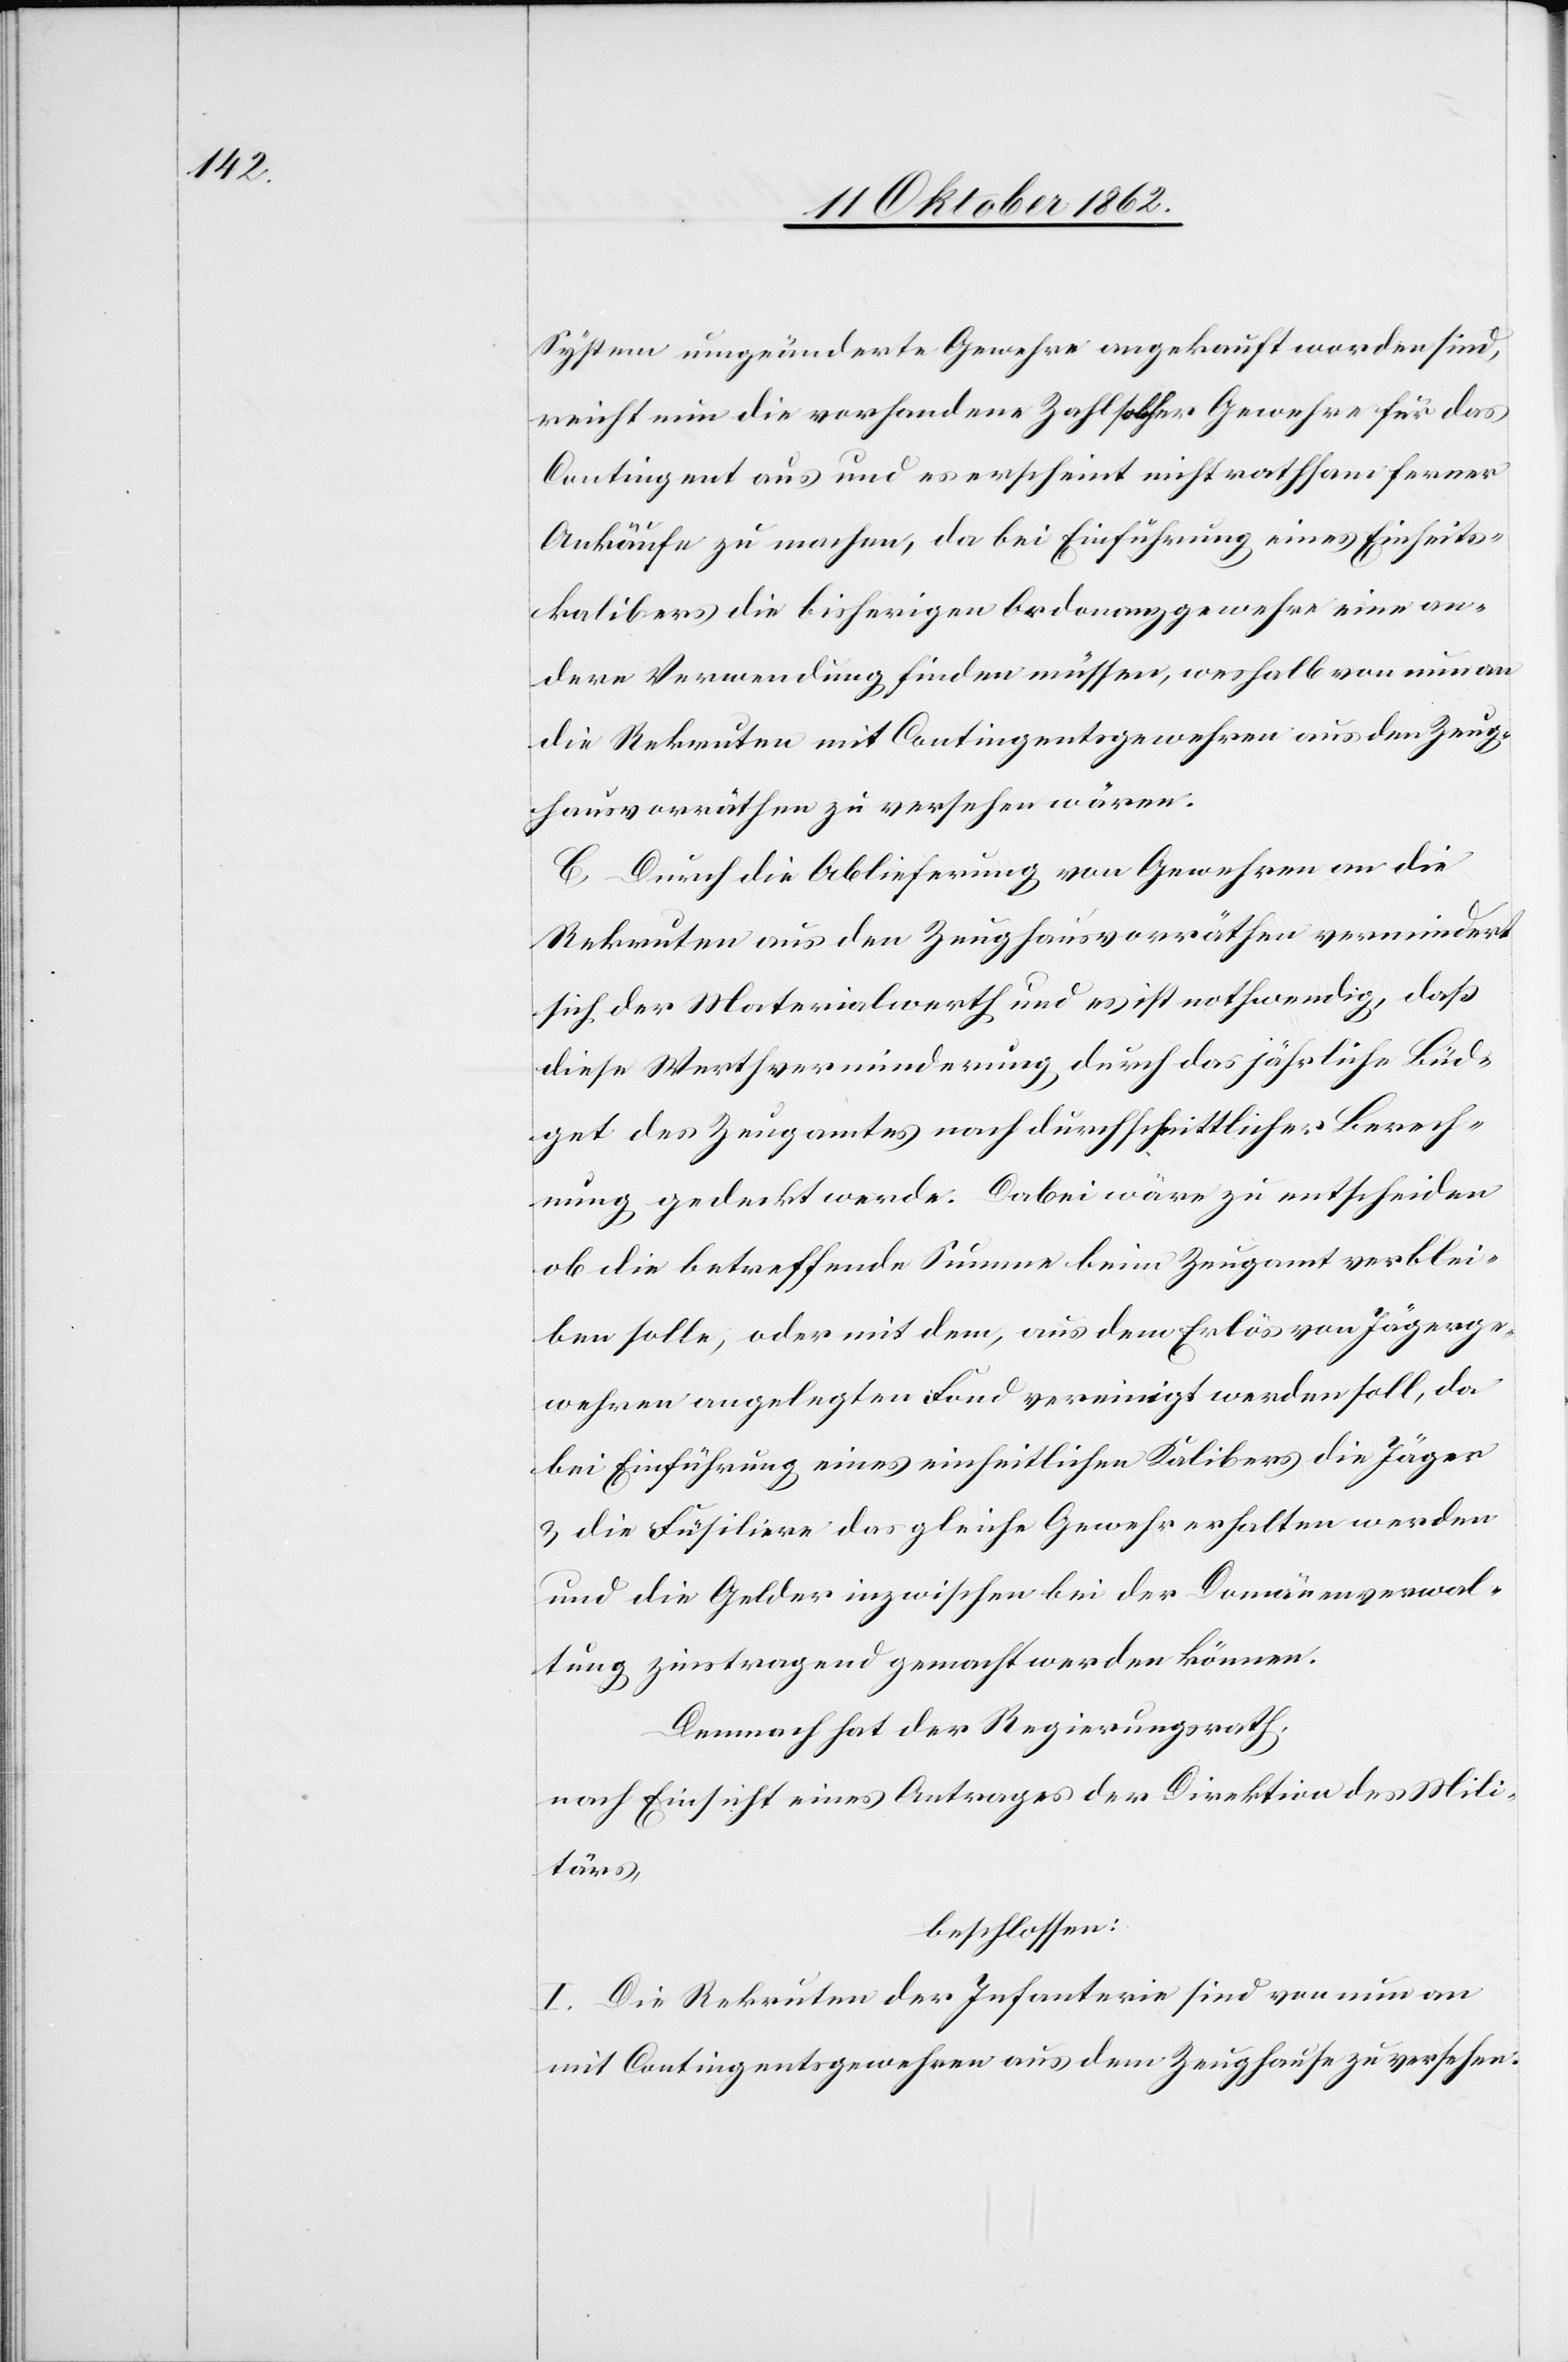
System umgeänderte Gewehre angekauft worden sind,
weicht nun die vorhandene Zahl solcher Gewehre für das
Contingent aus und es erscheint nicht rathsam ferner
Ankäufe zu machen, da bei Einführung eines Einheits¬
kalibers die bisherigen Ordonanzgewehre eine an¬
dere Verwendung finden müssen, weshalb von nun an
die Rekruten mit Contingentsgewehren aus den Zeug¬
hausvorräthen zu versehen wären.
C. Durch die Ablieferung von Gewehren an die
Rekruten aus den Zeughausvorräthen vermindert
sich der Materialwerth und es ist nothwendig, daß
diese Werthverminderung durch das jährliche Büd¬
get des Zeugamtes nach durchschnittlicher Berech¬
nung gedeckt werde. Dabei wäre zu entscheiden
ob die betreffende Summe beim Zeugamt verblei¬
ben solle, oder mit dem, aus dem Erlös von Jägerge¬
wehren angelegten Fond vereinigt werden soll, da
bei Einführung eines einheitlichen Kalibers die Jäger
u. die Füsiliere das gleiche Gewehr erhalten werden
und die Gelder inzwischen bei der Domänenverwal¬
tung zinstragend gemacht werden können.
Demnach hat der Regierungsrath,
nach Einsicht eines Antrages der Direktion des Mili¬
tärs,
beschlossen:
I. Die Rekruten der Infanterie sind von nun an
mit Contingentsgewehren aus dem Zeughause zu versehen.